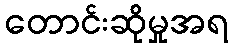
တောင်းဆိုမှုအရ